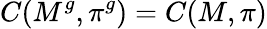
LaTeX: C(M^{g},\pi^{g})=C(M,\pi)